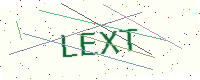
Text: LEXT